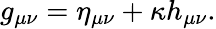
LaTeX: g_{\mu\nu}=\eta_{\mu\nu}+\kappa h_{\mu\nu}.